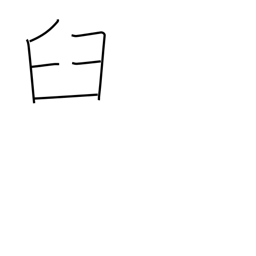
Meaning: mortar